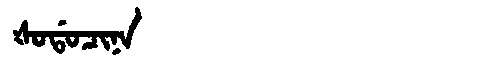
Manchu: ᡧᠣᡩᠣᠴᡳᠨᠠ
Romanization: ŠODOCINA